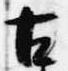
古